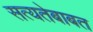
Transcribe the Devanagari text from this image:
सत्यतेबाबत